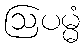
ဩပမ္မံ